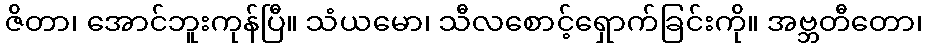
ဇိတာ၊ အောင်ဘူးကုန်ပြီ။ သံယမော၊ သီလစောင့်ရှောက်ခြင်းကို။ အဗ္ဘတီတော၊